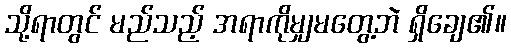
သို့ရာတွင် မည်သည့် အရာကိုမျှမတွေ့ဘဲ ရှိချေ၏။